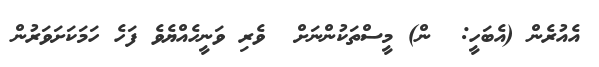
އެއުރެން (އެބަހީ:  ން) މީސްތަކުންނަށް  ވެރި ވަނީހެއްޔެވެ ފަހެ ހަމަކަށަވަރުން